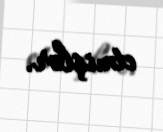
etmişlər.